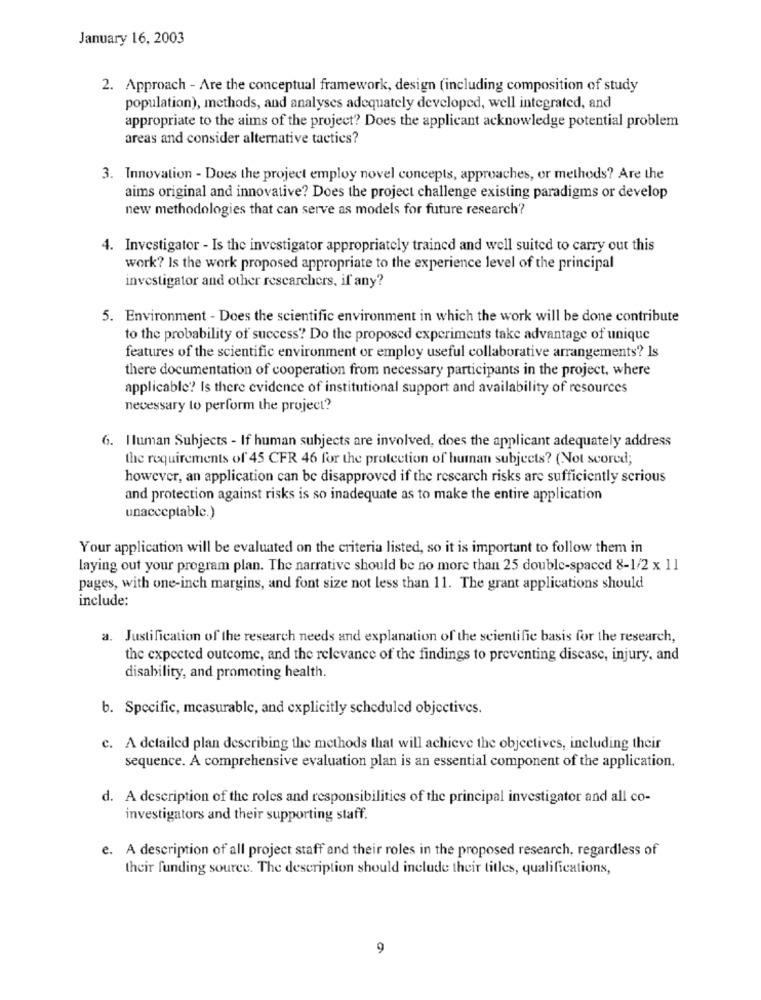
January 16, 2003
2. Approach - Are the conceptual framework, design (including composition of study
population), methods, and analyses adequately developed, well integrated, and
appropriate to the aims of the project? Does the applicant acknowledge potential problem
areas and consider alternative tactics?
3. Innovation - Does the project employ novel concepts, approaches, or methods? Are the
aims original and innovative? Does the project challenge existing paradigms or develop
new methodologies that can serve as models for future research?
4. Investigator - Is the investigator appropriately trained and well suited to carry out this
work? Is the work proposed appropriate to the experience level of the principal
investigator and other researchers, if any?
5. Environment - Does the scientific environment in which the work will be done contribute
to the probability of success? Do the proposed experiments take advantage of unique
features of the scientific environment or employ useful collaborative arrangements? Is
there documentation of cooperation from necessary participants in the project, where
applicable? Is there evidence of institutional support and availability of resources
necessary to perform the project?
6. Iluman Subjects - If human subjects are involved, does the applicant adequately address
the requirements of 45 CFR 46 for the protection of human subjects? (Not scored;
however, an application can be disapproved if the research risks are sufficiently serious
and protection against risks is so inadequate as to make the entire application
unacceptable.)
Your application will be evaluated on the criteria listed, so it is important to follow them in
laying out your program plan. The narrative should be no more than 25 double-spaced 8-1/2 x 11
pages, with one-inch margins, and font size not less than 11. The grant applications should
include:
a. Justification of the research needs and explanation of the scientific basis for the research,
the expected outcome, and the relevance of the findings to preventing disease, injury, and
disability, and promoting health.
b. Specific, measurable, and explicitly scheduled objectives.
c. A detailed plan describing the methods that will achieve the objectives, including their
sequence. A comprehensive evaluation plan is an essential component of the application.
d. A description of the roles and responsibilities of the principal investigator and all co-
investigators and their supporting staff.
e. A description of all project staff and their roles in the proposed research, regardless of
their funding source. The description should include their titles, qualifications,
9